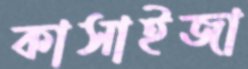
কাসাইজা